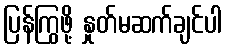
ပြန်ကြွဖို့ နှုတ်မဆက်ချင်ပါ